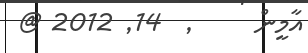
އާމީން